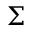
\Sigma